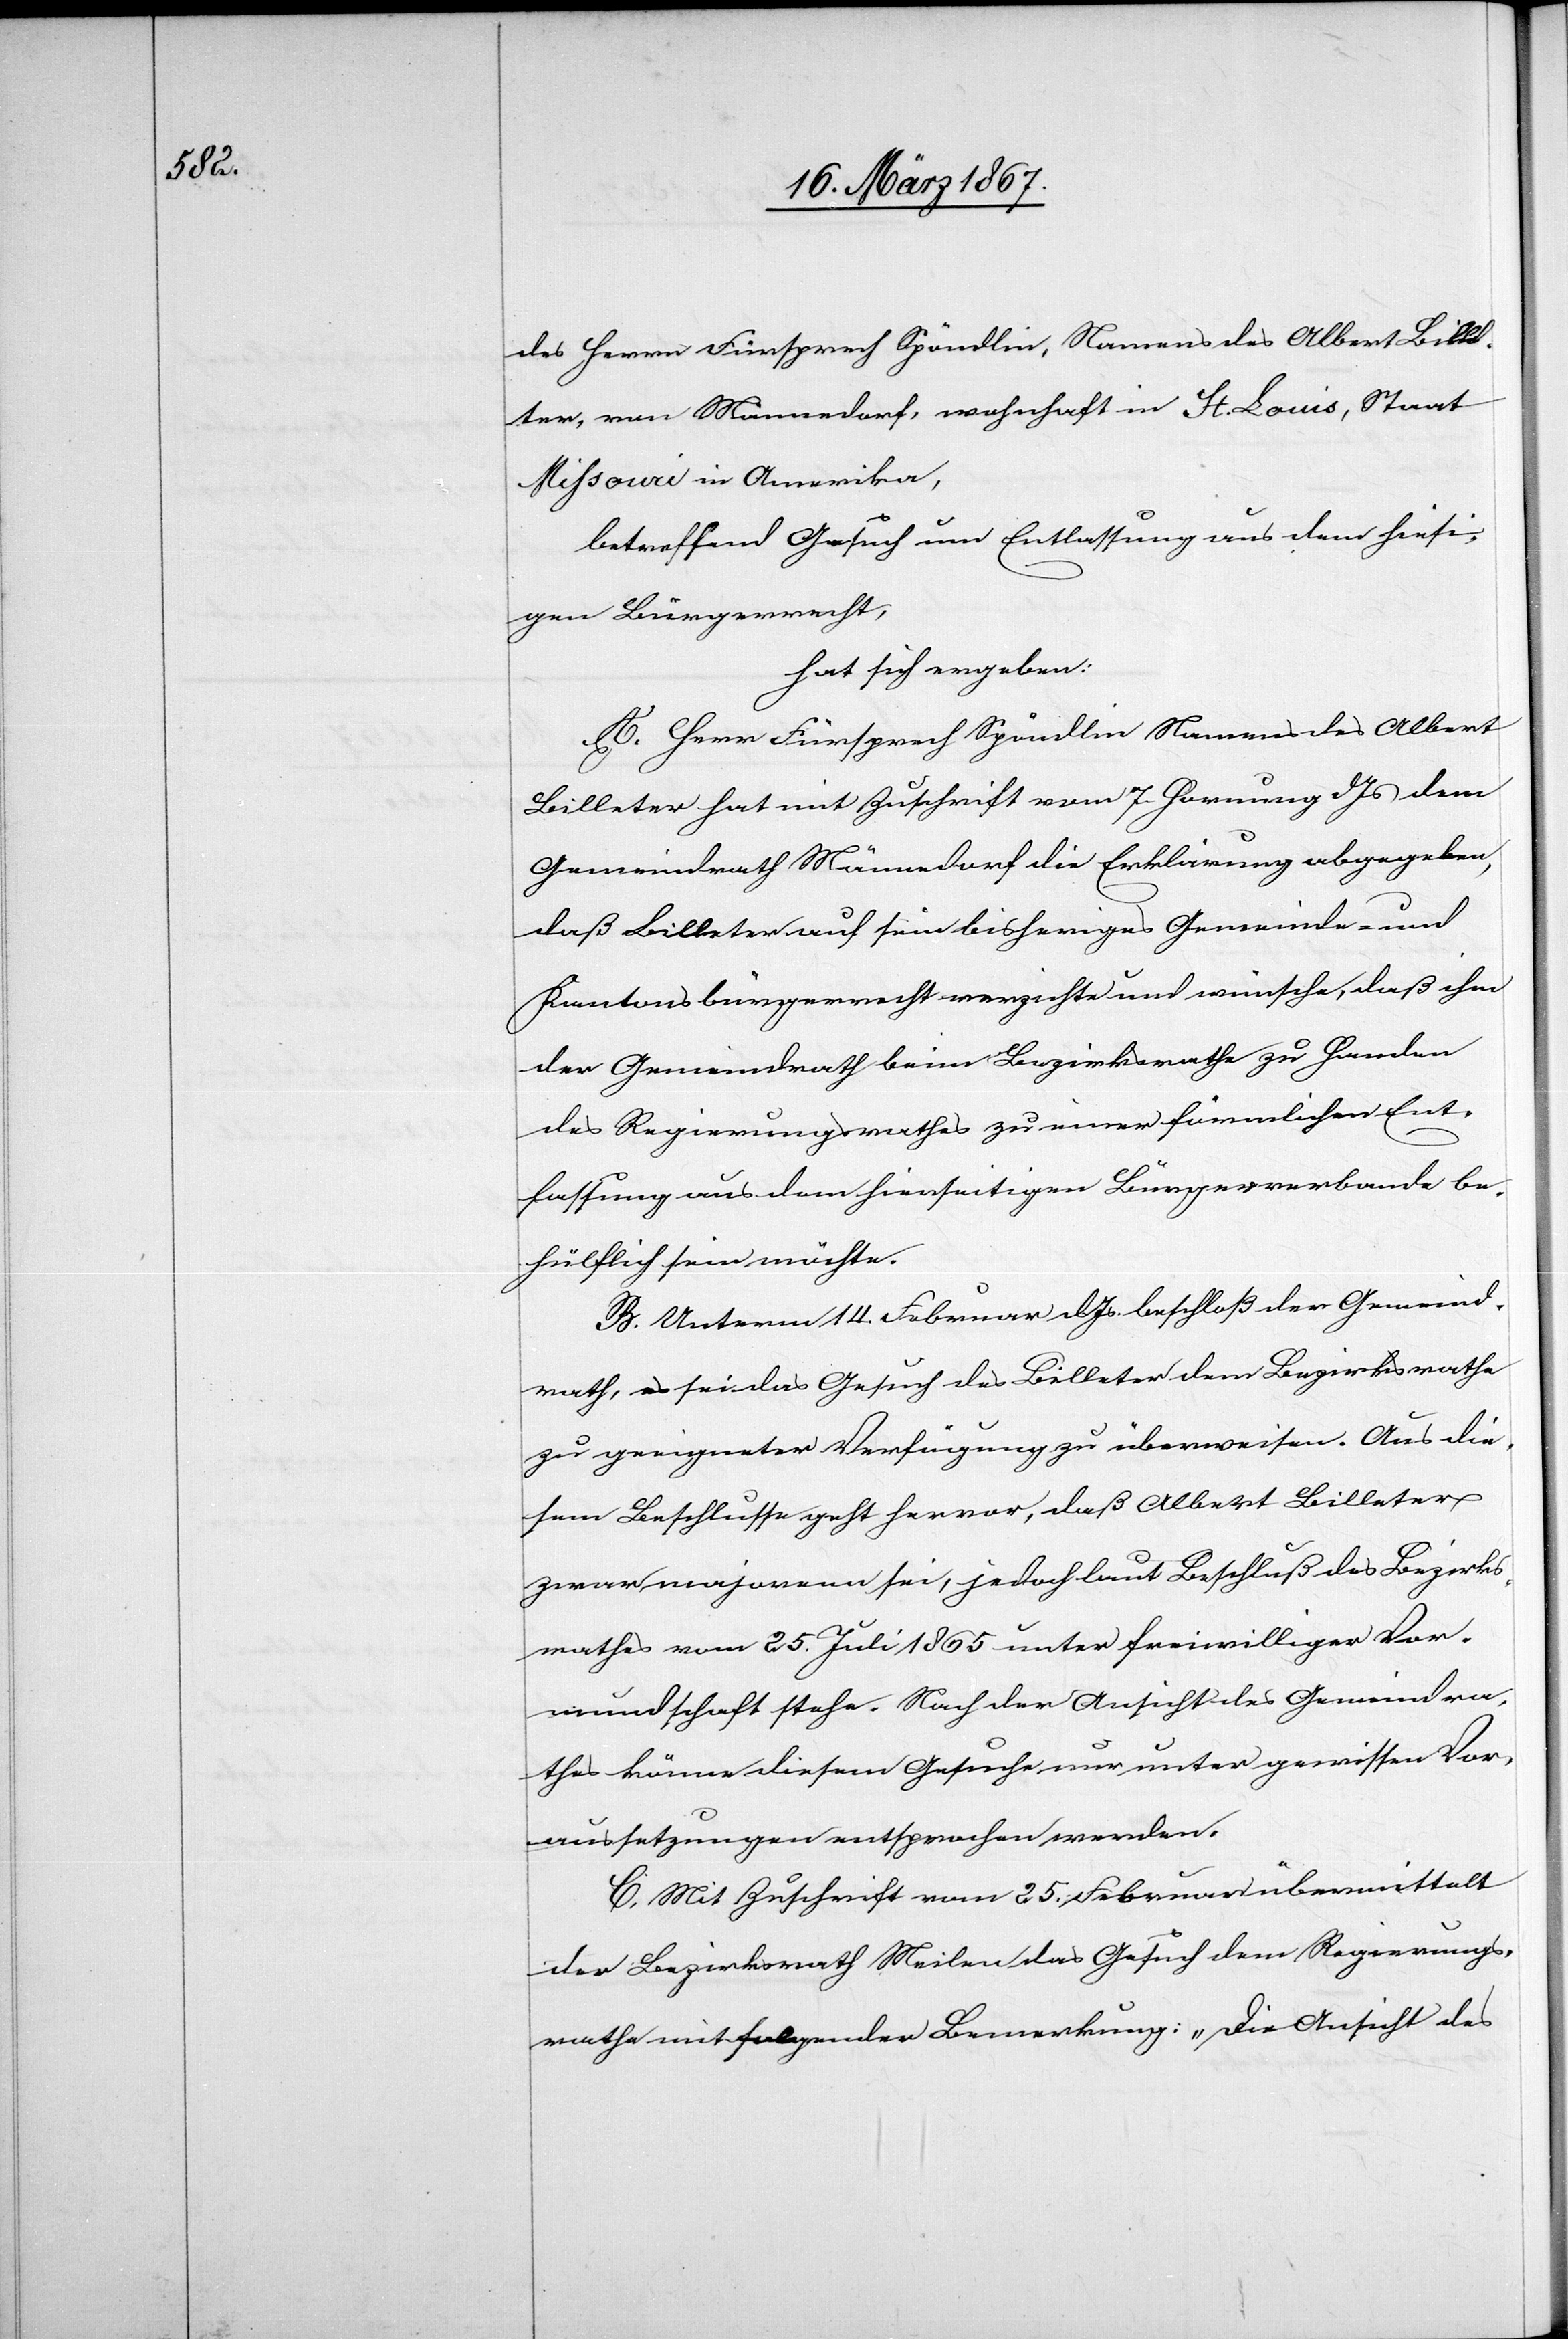
des Herrn Fürsprech Spöndlin, Namens des Albert Bille¬
ter, von Männedorf, wohnhaft in St. Louis, Staat
Missouri in Amerika,
betreffend Gesuch um Entlassung aus dem hiesi¬
gen Bürgerrecht,
hat sich ergeben:
A. Herr Fürsprech Spöndlin Namens des Albert
Billeter hat mit Zuschrift vom 7. Hornung d. Js dem
Gemeindrath Männedorf die Erklärung abgegeben,
daß Billeter auf sein bisheriges Gemeinde- und
Kantonsbürgerrecht verzichte und wünsche, daß ihm
der Gemeindrath beim Bezirksrathe zu Handen
des Regierungsrathes zu einer förmlichen Ent¬
lassung aus dem hierseitigen Bürgerverbande be¬
hülflich sein möchte.
B. Unterm 14. Februar d. Js. beschloß der Gemeind¬
rath, es sei das Gesuch des Billeter dem Bezirksrathe
zu geeigneter Verfügung zu überweisen. Aus die¬
sem Beschlusse geht hervor, daß Albert Billeter
zwar majorenn sei, jedoch laut Beschluß des Bezirks¬
rathes vom 25. Juli 1865 unter freiwilliger Vor¬
mundschaft stehe. Nach der Ansicht des Gemeindra¬
thes könne diesem Gesuche nur unter gewissen Vor¬
aussetzungen entsprochen werden.
C. Mit Zuschrift vom 25. Februar übermittelt
der Bezirksrath Meilen das Gesuch dem Regierungs¬
rathe mit folgender Bemerkung: „Die Ansicht des